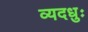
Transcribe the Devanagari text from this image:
व्यदधुः